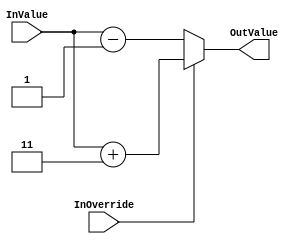
`timescale 1ns/1ps
`default_nettype none
// PLEASE READ THIS, IT MAY SAVE YOU SOME TIME AND MONEY, THANK YOU!
// * This file was generated by Quokka FPGA Toolkit.
// * Generated code is your property, do whatever you want with it
// * Place custom code between [BEGIN USER ***] and [END USER ***].
// * CAUTION: All code outside of [USER] scope is subject to regeneration.
// * Bad things happen sometimes in developer's life,
//   it is recommended to use source control management software (e.g. git, bzr etc) to keep your custom code safe'n'sound.
// * Internal structure of code is subject to change.
//   You can use some of signals in custom code, but most likely they will not exist in future (e.g. will get shorter or gone completely)
// * Please send your feedback, comments, improvement ideas etc. to evmuryshkin@gmail.com
// * Visit https://github.com/EvgenyMuryshkin/QuokkaEvaluation to access latest version of playground
//
// DISCLAIMER:
//   Code comes AS-IS, it is your responsibility to make sure it is working as expected
//   no responsibility will be taken for any loss or damage caused by use of Quokka toolkit.
//
// System configuration name is OverrideScheduleComposition_TopLevel_GetOverride, clock frequency is 1Hz, Embedded
// FSM summary
// -- Packages
module OverrideScheduleComposition_TopLevel_GetOverride
(
	// [BEGIN USER PORTS]
	// [END USER PORTS]
	input wire InOverride,
	input wire [7:0] InValue,
	output wire [7:0] OutValue
);
	// [BEGIN USER SIGNALS]
	// [END USER SIGNALS]
	localparam HiSignal = 1'b1;
	localparam LoSignal = 1'b0;
	wire Zero = 1'b0;
	wire One = 1'b1;
	wire true = 1'b1;
	wire false = 1'b0;
	wire CombinationalOverridesBase_L16F50T51_Expr = 1'b1;
	wire [1: 0] CombinationalGetValueOverride_L12F13L19T14_CombinationalGetValueOverride_L16F54T55_Expr = 2'b11;
	wire Inputs_InOverride;
	wire [7: 0] Inputs_InValue;
	wire [7: 0] InternalOffset;
	reg [7: 0] CombinationalGetValueOverride_L12F13L19T14_result;
	wire [7: 0] CombinationalGetValueOverride_L12F13L19T14_CombinationalOverridesBase_L14F61T77_CombinationalOverridesBase_L24F9L26T10_CombinationalOverridesBase_L25F20T50_CombinationalOverridesBase_L34F9L36T10_CombinationalOverridesBase_L35F20T50_Cast;
	wire [7: 0] CombinationalGetValueOverride_L12F13L19T14_CombinationalOverridesBase_L14F80T96_CombinationalOverridesBase_L19F9L21T10_CombinationalOverridesBase_L20F20T50_CombinationalOverridesBase_L29F9L31T10_CombinationalOverridesBase_L30F20T50_Cast;
	wire [7: 0] CombinationalGetValueOverride_L12F13L19T14_CombinationalOverridesBase_L14F41T96_WhenTrue;
	wire [7: 0] CombinationalGetValueOverride_L12F13L19T14_CombinationalOverridesBase_L14F41T96_WhenFalse;
	wire [7: 0] CombinationalGetValueOverride_L12F13L19T14_CombinationalOverridesBase_L14F41T96_Ternary;
	wire [7: 0] CombinationalGetValueOverride_L12F13L19T14_CombinationalGetValueOverride_L16F30T56_Cast;
	wire [9: 0] CombinationalGetValueOverride_L12F13L19T14_CombinationalOverridesBase_L14F61T77_CombinationalOverridesBase_L24F9L26T10_CombinationalOverridesBase_L25F20T50_CombinationalOverridesBase_L34F9L36T10_CombinationalOverridesBase_L35F27T49_Expr;
	wire signed [9: 0] CombinationalGetValueOverride_L12F13L19T14_CombinationalOverridesBase_L14F61T77_CombinationalOverridesBase_L24F9L26T10_CombinationalOverridesBase_L25F20T50_CombinationalOverridesBase_L34F9L36T10_CombinationalOverridesBase_L35F27T49_Expr_1;
	wire signed [9: 0] CombinationalGetValueOverride_L12F13L19T14_CombinationalOverridesBase_L14F61T77_CombinationalOverridesBase_L24F9L26T10_CombinationalOverridesBase_L25F20T50_CombinationalOverridesBase_L34F9L36T10_CombinationalOverridesBase_L35F27T49_Expr_2;
	wire signed [9: 0] CombinationalGetValueOverride_L12F13L19T14_CombinationalOverridesBase_L14F80T96_CombinationalOverridesBase_L19F9L21T10_CombinationalOverridesBase_L20F20T50_CombinationalOverridesBase_L29F9L31T10_CombinationalOverridesBase_L30F27T49_Expr;
	wire signed [9: 0] CombinationalGetValueOverride_L12F13L19T14_CombinationalOverridesBase_L14F80T96_CombinationalOverridesBase_L19F9L21T10_CombinationalOverridesBase_L20F20T50_CombinationalOverridesBase_L29F9L31T10_CombinationalOverridesBase_L30F27T49_Expr_1;
	wire signed [9: 0] CombinationalGetValueOverride_L12F13L19T14_CombinationalOverridesBase_L14F80T96_CombinationalOverridesBase_L19F9L21T10_CombinationalOverridesBase_L20F20T50_CombinationalOverridesBase_L29F9L31T10_CombinationalOverridesBase_L30F27T49_Expr_2;
	wire [9: 0] CombinationalGetValueOverride_L12F13L19T14_CombinationalGetValueOverride_L16F37T55_Expr;
	wire signed [9: 0] CombinationalGetValueOverride_L12F13L19T14_CombinationalGetValueOverride_L16F37T55_Expr_1;
	wire signed [9: 0] CombinationalGetValueOverride_L12F13L19T14_CombinationalGetValueOverride_L16F37T55_Expr_2;
	assign CombinationalGetValueOverride_L12F13L19T14_CombinationalOverridesBase_L14F61T77_CombinationalOverridesBase_L24F9L26T10_CombinationalOverridesBase_L25F20T50_CombinationalOverridesBase_L34F9L36T10_CombinationalOverridesBase_L35F27T49_Expr = CombinationalGetValueOverride_L12F13L19T14_CombinationalOverridesBase_L14F61T77_CombinationalOverridesBase_L24F9L26T10_CombinationalOverridesBase_L25F20T50_CombinationalOverridesBase_L34F9L36T10_CombinationalOverridesBase_L35F27T49_Expr_1 + CombinationalGetValueOverride_L12F13L19T14_CombinationalOverridesBase_L14F61T77_CombinationalOverridesBase_L24F9L26T10_CombinationalOverridesBase_L25F20T50_CombinationalOverridesBase_L34F9L36T10_CombinationalOverridesBase_L35F27T49_Expr_2;
	assign CombinationalGetValueOverride_L12F13L19T14_CombinationalOverridesBase_L14F80T96_CombinationalOverridesBase_L19F9L21T10_CombinationalOverridesBase_L20F20T50_CombinationalOverridesBase_L29F9L31T10_CombinationalOverridesBase_L30F27T49_Expr = CombinationalGetValueOverride_L12F13L19T14_CombinationalOverridesBase_L14F80T96_CombinationalOverridesBase_L19F9L21T10_CombinationalOverridesBase_L20F20T50_CombinationalOverridesBase_L29F9L31T10_CombinationalOverridesBase_L30F27T49_Expr_1 - CombinationalGetValueOverride_L12F13L19T14_CombinationalOverridesBase_L14F80T96_CombinationalOverridesBase_L19F9L21T10_CombinationalOverridesBase_L20F20T50_CombinationalOverridesBase_L29F9L31T10_CombinationalOverridesBase_L30F27T49_Expr_2;
	assign CombinationalGetValueOverride_L12F13L19T14_CombinationalGetValueOverride_L16F37T55_Expr = CombinationalGetValueOverride_L12F13L19T14_CombinationalGetValueOverride_L16F37T55_Expr_1 + CombinationalGetValueOverride_L12F13L19T14_CombinationalGetValueOverride_L16F37T55_Expr_2;
	assign CombinationalGetValueOverride_L12F13L19T14_CombinationalOverridesBase_L14F41T96_Ternary = (Inputs_InOverride ? CombinationalGetValueOverride_L12F13L19T14_CombinationalOverridesBase_L14F41T96_WhenTrue : CombinationalGetValueOverride_L12F13L19T14_CombinationalOverridesBase_L14F41T96_WhenFalse);
	always @ (*)
	begin
		CombinationalGetValueOverride_L12F13L19T14_result = CombinationalGetValueOverride_L12F13L19T14_CombinationalOverridesBase_L14F41T96_Ternary;
		if ((Inputs_InOverride == 1))
		begin
			CombinationalGetValueOverride_L12F13L19T14_result = CombinationalGetValueOverride_L12F13L19T14_CombinationalGetValueOverride_L16F30T56_Cast;
		end
	end
	assign CombinationalGetValueOverride_L12F13L19T14_CombinationalOverridesBase_L14F61T77_CombinationalOverridesBase_L24F9L26T10_CombinationalOverridesBase_L25F20T50_CombinationalOverridesBase_L34F9L36T10_CombinationalOverridesBase_L35F27T49_Expr_1 = {
		{2{1'b0}},
		Inputs_InValue
	}
	;
	assign CombinationalGetValueOverride_L12F13L19T14_CombinationalOverridesBase_L14F61T77_CombinationalOverridesBase_L24F9L26T10_CombinationalOverridesBase_L25F20T50_CombinationalOverridesBase_L34F9L36T10_CombinationalOverridesBase_L35F27T49_Expr_2 = {
		{2{1'b0}},
		InternalOffset
	}
	;
	assign CombinationalGetValueOverride_L12F13L19T14_CombinationalOverridesBase_L14F80T96_CombinationalOverridesBase_L19F9L21T10_CombinationalOverridesBase_L20F20T50_CombinationalOverridesBase_L29F9L31T10_CombinationalOverridesBase_L30F27T49_Expr_1 = {
		{2{1'b0}},
		Inputs_InValue
	}
	;
	assign CombinationalGetValueOverride_L12F13L19T14_CombinationalOverridesBase_L14F80T96_CombinationalOverridesBase_L19F9L21T10_CombinationalOverridesBase_L20F20T50_CombinationalOverridesBase_L29F9L31T10_CombinationalOverridesBase_L30F27T49_Expr_2 = {
		{2{1'b0}},
		InternalOffset
	}
	;
	assign CombinationalGetValueOverride_L12F13L19T14_CombinationalGetValueOverride_L16F37T55_Expr_1 = {
		{2{1'b0}},
		Inputs_InValue
	}
	;
	assign CombinationalGetValueOverride_L12F13L19T14_CombinationalGetValueOverride_L16F37T55_Expr_2 = {
		{8{1'b0}},
		CombinationalGetValueOverride_L12F13L19T14_CombinationalGetValueOverride_L16F54T55_Expr
	}
	;
	assign Inputs_InOverride = InOverride;
	assign Inputs_InValue = InValue;
	assign InternalOffset = {
		{7{1'b0}},
		CombinationalOverridesBase_L16F50T51_Expr
	}
	;
	assign CombinationalGetValueOverride_L12F13L19T14_CombinationalOverridesBase_L14F61T77_CombinationalOverridesBase_L24F9L26T10_CombinationalOverridesBase_L25F20T50_CombinationalOverridesBase_L34F9L36T10_CombinationalOverridesBase_L35F20T50_Cast = CombinationalGetValueOverride_L12F13L19T14_CombinationalOverridesBase_L14F61T77_CombinationalOverridesBase_L24F9L26T10_CombinationalOverridesBase_L25F20T50_CombinationalOverridesBase_L34F9L36T10_CombinationalOverridesBase_L35F27T49_Expr[7:0];
	assign CombinationalGetValueOverride_L12F13L19T14_CombinationalOverridesBase_L14F80T96_CombinationalOverridesBase_L19F9L21T10_CombinationalOverridesBase_L20F20T50_CombinationalOverridesBase_L29F9L31T10_CombinationalOverridesBase_L30F20T50_Cast = CombinationalGetValueOverride_L12F13L19T14_CombinationalOverridesBase_L14F80T96_CombinationalOverridesBase_L19F9L21T10_CombinationalOverridesBase_L20F20T50_CombinationalOverridesBase_L29F9L31T10_CombinationalOverridesBase_L30F27T49_Expr[7:0];
	assign CombinationalGetValueOverride_L12F13L19T14_CombinationalOverridesBase_L14F41T96_WhenTrue = CombinationalGetValueOverride_L12F13L19T14_CombinationalOverridesBase_L14F61T77_CombinationalOverridesBase_L24F9L26T10_CombinationalOverridesBase_L25F20T50_CombinationalOverridesBase_L34F9L36T10_CombinationalOverridesBase_L35F20T50_Cast;
	assign CombinationalGetValueOverride_L12F13L19T14_CombinationalOverridesBase_L14F41T96_WhenFalse = CombinationalGetValueOverride_L12F13L19T14_CombinationalOverridesBase_L14F80T96_CombinationalOverridesBase_L19F9L21T10_CombinationalOverridesBase_L20F20T50_CombinationalOverridesBase_L29F9L31T10_CombinationalOverridesBase_L30F20T50_Cast;
	assign CombinationalGetValueOverride_L12F13L19T14_CombinationalGetValueOverride_L16F30T56_Cast = CombinationalGetValueOverride_L12F13L19T14_CombinationalGetValueOverride_L16F37T55_Expr[7:0];
	assign OutValue = CombinationalGetValueOverride_L12F13L19T14_result;
	// [BEGIN USER ARCHITECTURE]
	// [END USER ARCHITECTURE]
endmodule